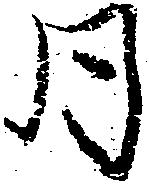
同